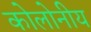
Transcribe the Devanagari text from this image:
कोलोनीय